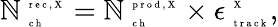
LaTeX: \mathbb{N}_{\mathrm{{~\tiny~c~h~}}}^{\mathrm{{~\tiny~r~e~c~,~X~}}}=\mathbb{N}_{\mathrm{{~\tiny~c~h~}}}^{\mathrm{{~\tiny~p~r~o~d~,~X~}}}\times\epsilon_{\mathrm{{~\tiny~t~r~a~c~k~}}}^{\mathrm{{~\tiny~X~}}},